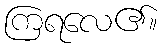
ကြရလေ၏။